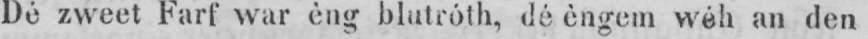
Dé zweet Farf war èng blutróth, dé èngem wéh an den